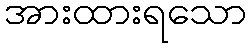
အားထားရသော